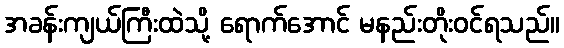
အခန်းကျယ်ကြီးထဲသို့ ရောက်အောင် မနည်းတိုးဝင်ရသည်။